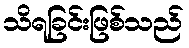
သိရခြင်းဖြစ်သည်